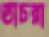
ডাচরা